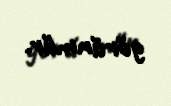
görünmür.